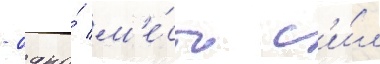
- одно́ м'е́сто с'и́л